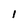
Character: l